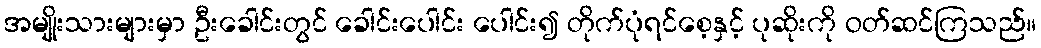
အမျိုးသားများမှာ ဦးခေါင်းတွင် ခေါင်းပေါင်း ပေါင်း၍ တိုက်ပုံရင်စေ့နှင့် ပုဆိုးကို ဝတ်ဆင်ကြသည်။